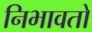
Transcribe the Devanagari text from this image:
निभावतो